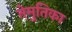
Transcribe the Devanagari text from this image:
तेमुतिका